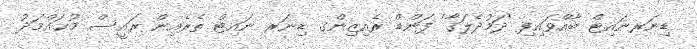
ޑިނަރނައިޓް ބާއްވައިފި 'ދަމުދެލަގާ' ފަންޑް ރެއިޒިންގ ޑިނަރ ނައިޓް ތެރެއިން ރައީސް މުޙައްމަދު